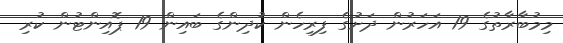
މިމުބާރާތުގެ 19 އަހަރުން ދަށުގެ ފިރިހެން ކުދިންގެ ބައިން 19 ޕޮއިންޓުން ކުރި